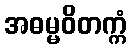
အဓမ္မဝိတက္ကံ